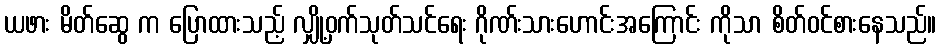
ယဖား မိတ်ဆွေ က ပြောထားသည့် လျှို့ဝှက်သုတ်သင်ရေး ဂိုဏ်းသားဟောင်းအကြောင်း ကိုသာ စိတ်ဝင်စားနေသည်။